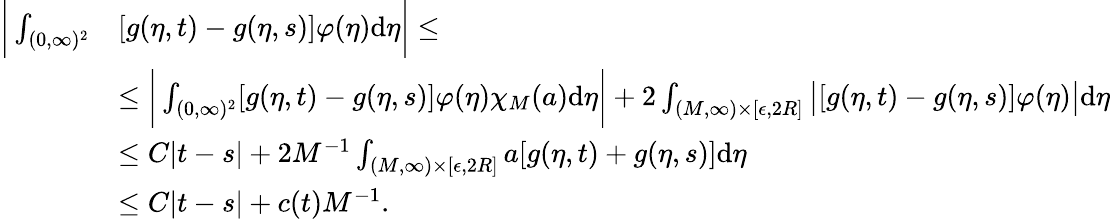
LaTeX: \begin{array}{rl}{\bigg|\int_{(0,\infty)^{2}}}&{[g(\eta,t)-g(\eta,s)]\varphi(\eta)\textup{d}\eta\bigg|\leq}\\ &{\leq\bigg|\int_{(0,\infty)^{2}}[g(\eta,t)-g(\eta,s)]\varphi(\eta)\chi_{M}(a)\textup{d}\eta\bigg|+2\int_{(M,\infty)\times[\epsilon,2R]}\big|[g(\eta,t)-g(\eta,s)]\varphi(\eta)\big|\textup{d}\eta}\\ &{\leq C|t-s|+2M^{-1}\int_{(M,\infty)\times[\epsilon,2R]}a[g(\eta,t)+g(\eta,s)]\textup{d}\eta}\\ &{\leq C|t-s|+c(t)M^{-1}.}\end{array}